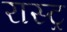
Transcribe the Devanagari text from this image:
रास्ट्र